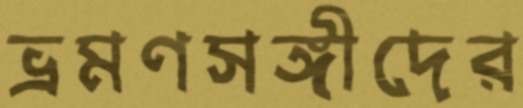
ভ্রমণসঙ্গীদের